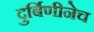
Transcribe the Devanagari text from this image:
दुर्बिणीनेच